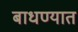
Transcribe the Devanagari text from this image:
बाधण्यात